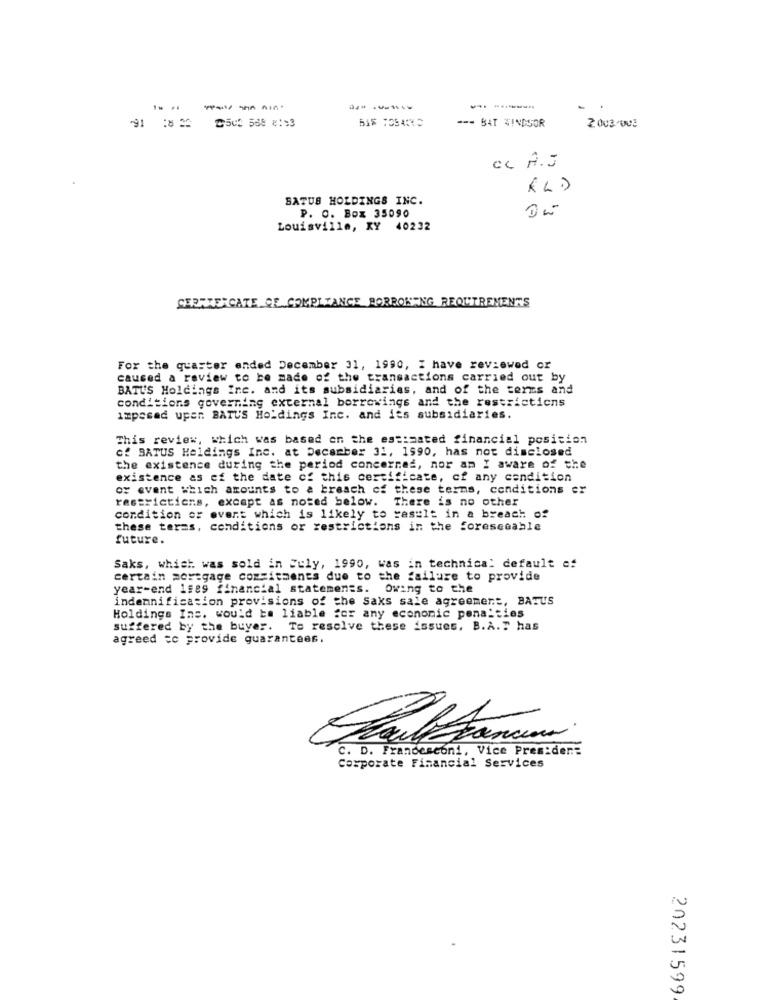
- ------
.
BAT WINDSOR
2 003 /003
Cc A.J
BATUS HOLDINGS INC.
P. O. Box 35090
Louisville, KY 40232
SERRIERCATE CE COMPLIANCE BORBONENG REQUIREMENTS
For the quarter ended December 31, 1990, I have reviewed or
caused a review to be made of the transactions carried out by
BATU'S Holdings Inc. and its subsidiaries, and of the terms and
conditions governing external borrowings and the restrictions
imposed upen. BATUS Holdings Inc. and its subsidiaries.
This review, which was based on the estimated financial position
cf BATUS Holdings Inc. at December 31, 1990, has not disclosed
the existence during the period concerned, nor am I aware of the
existence as ef the date of this certificate, of any condition
or event which amounts to a breach of these terms, conditions er
restrictions, except as noted below. There is no other
condition or event which is likely to result in a breach of
these terms, conditions or restrictions in the foreseeable
future.
Saks, which was sold in July, 1990, was in technical default of
certain mortgage commitments due to the failure to provide
year-end 1989 financial statements. Owing to the
indennification provisions of the Saks sale agreement, BATUS
Holdings Ins. would be liable for any economic penalties
suffered by the buyer. To resolve these issues, B.A.T has
agreed to provide guarantees.
C. D. Francesconi, Vice Presiden=
Corporate Financial Services
20231599